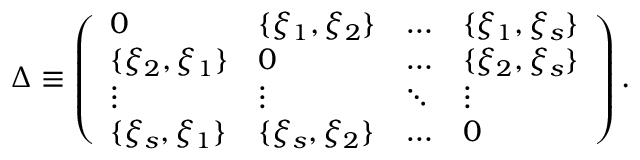
\Delta \equiv \left( \begin{array} { l l l l } { { 0 } } & { { \{ \xi _ { 1 } , \xi _ { 2 } \} } } & { { \ldots } } & { { \{ \xi _ { 1 } , \xi _ { s } \} } } \\ { { \{ \xi _ { 2 } , \xi _ { 1 } \} } } & { { 0 } } & { { \ldots } } & { { \{ \xi _ { 2 } , \xi _ { s } \} } } \\ { { \vdots } } & { { \vdots } } & { { \ddots } } & { { \vdots } } \\ { { \{ \xi _ { s } , \xi _ { 1 } \} } } & { { \{ \xi _ { s } , \xi _ { 2 } \} } } & { { \ldots } } & { { 0 } } \end{array} \right) .